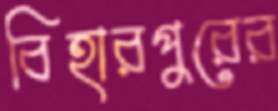
বিহারপুরের